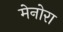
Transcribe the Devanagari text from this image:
मेनोरा